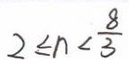
2 \leq n < \frac { 8 } { 3 }